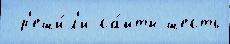
 р'еши́л'и са́йты шесть